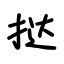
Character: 挞